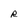
Character: R